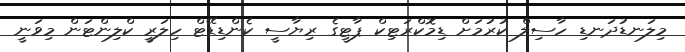
މިލަނޑުދަނޑި ހާސިލް ކުރުމަށް ޑިމޮކްރަޓިކް ޕާޓީގެ ރިޔާސީ ކެންޑިޑޭޓް ހިލަރީ ކްލިންޓަން މިވަނީ